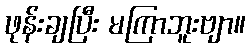
ဖုန်းချပြီး မကြာဘူးဗျာ။